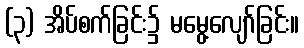
(၃) အိပ်စက်ခြင်း၌ မမွေ့လျော်ခြင်း။